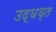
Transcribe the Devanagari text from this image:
उद्धधृत